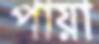
পায়া